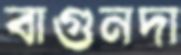
বাগুনদা